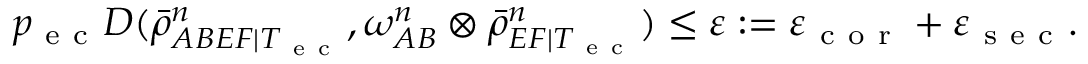
p _ { \mathrm { ~ e ~ c ~ } } D ( \bar { \rho } _ { A B E F | T _ { \mathrm { ~ e ~ c ~ } } } ^ { n } , \omega _ { A B } ^ { n } \otimes \bar { \rho } _ { E F | T _ { \mathrm { ~ e ~ c ~ } } } ^ { n } ) \leq \varepsilon : = \varepsilon _ { \mathrm { ~ c ~ o ~ r ~ } } + \varepsilon _ { \mathrm { ~ s ~ e ~ c ~ } } .